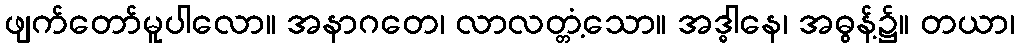
ဖျက်တော်မူပါလော။ အနာဂတေ၊ လာလတ္တံ့သော။ အဒ္ဓါနေ၊ အဓွန့်၌။ တယာ၊